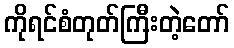
ကိုရင်စံတုတ်ကြီးတဲ့တော်